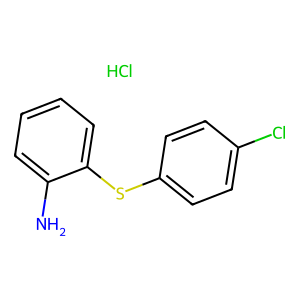
SMILES: Cl.Nc1ccccc1Sc1ccc(Cl)cc1
Inhibits HIV replication: No